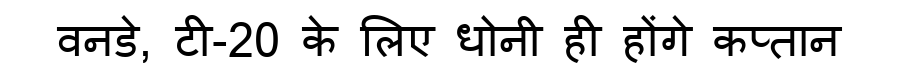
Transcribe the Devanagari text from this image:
वनडे, टी-20 के लिए धोनी ही होंगे कप्तान